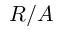
R / A